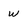
Character: w